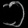
Digit: ၁